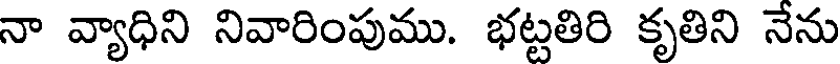
నా వ్యాధిని నివారింపుము. భట్టతిరి కృతిని నేను